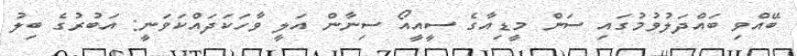
ބޭއްވި ބައްދަލުވުމުގައި ސަން މީޑިއާގެ ސީއީއޯ ސިނާން އަލީ ވާހަކަދައްކަވަނީ: އަބުރުގެ ބިލު